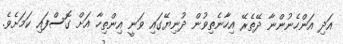
އަދި އަންހެނުންނާ ދޭތެރޭ އިހާނެތިވުން ދުނިޔޭގައި ވަނީ އިންތިހާ އަށް ގޮސްފައި ކަމަށެވެ.